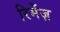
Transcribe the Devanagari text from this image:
रिमेंज़